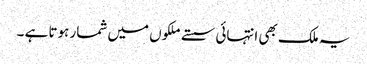
یہ ملک بھی انتہائی سستے ملکوں میں شمار ہوتا ہے ۔